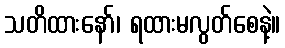
သတိထားနော်၊ ရထားမလွတ်စေနဲ့။